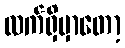
လက်ရှိမှာတော့